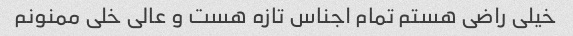
خیلی راضی هستم تمام اجناس تازه هست و عالی خلی ممنونم